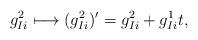
LaTeX: \begin{align*}g^2_{Ii} \longmapsto (g^2_{Ii})' = g^2_{Ii} +g_{Ii}^1 t,\end{align*}